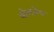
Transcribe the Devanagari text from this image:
बोलतेय